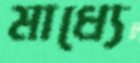
মাধ্যে